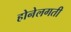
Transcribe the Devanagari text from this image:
होनेलगती